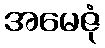
အမေဇုံ